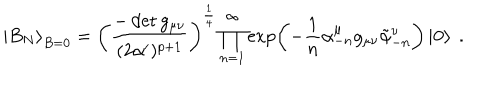
LaTeX: \left| B _ { N } \right\rangle _ { B = 0 } = \left( \frac { - \det g _ { \mu \nu } } { ( 2 \alpha ^ { \prime } ) ^ { p + 1 } } \right) ^ { \frac { 1 } { 4 } } \prod _ { n = 1 } ^ { \infty } \exp \left( - \frac { 1 } { n } \alpha _ { - n } ^ { \mu } g _ { \mu \nu } \tilde { \alpha } _ { - n } ^ { \nu } \right) \left| \mathbf { 0 } \right\rangle ~ .